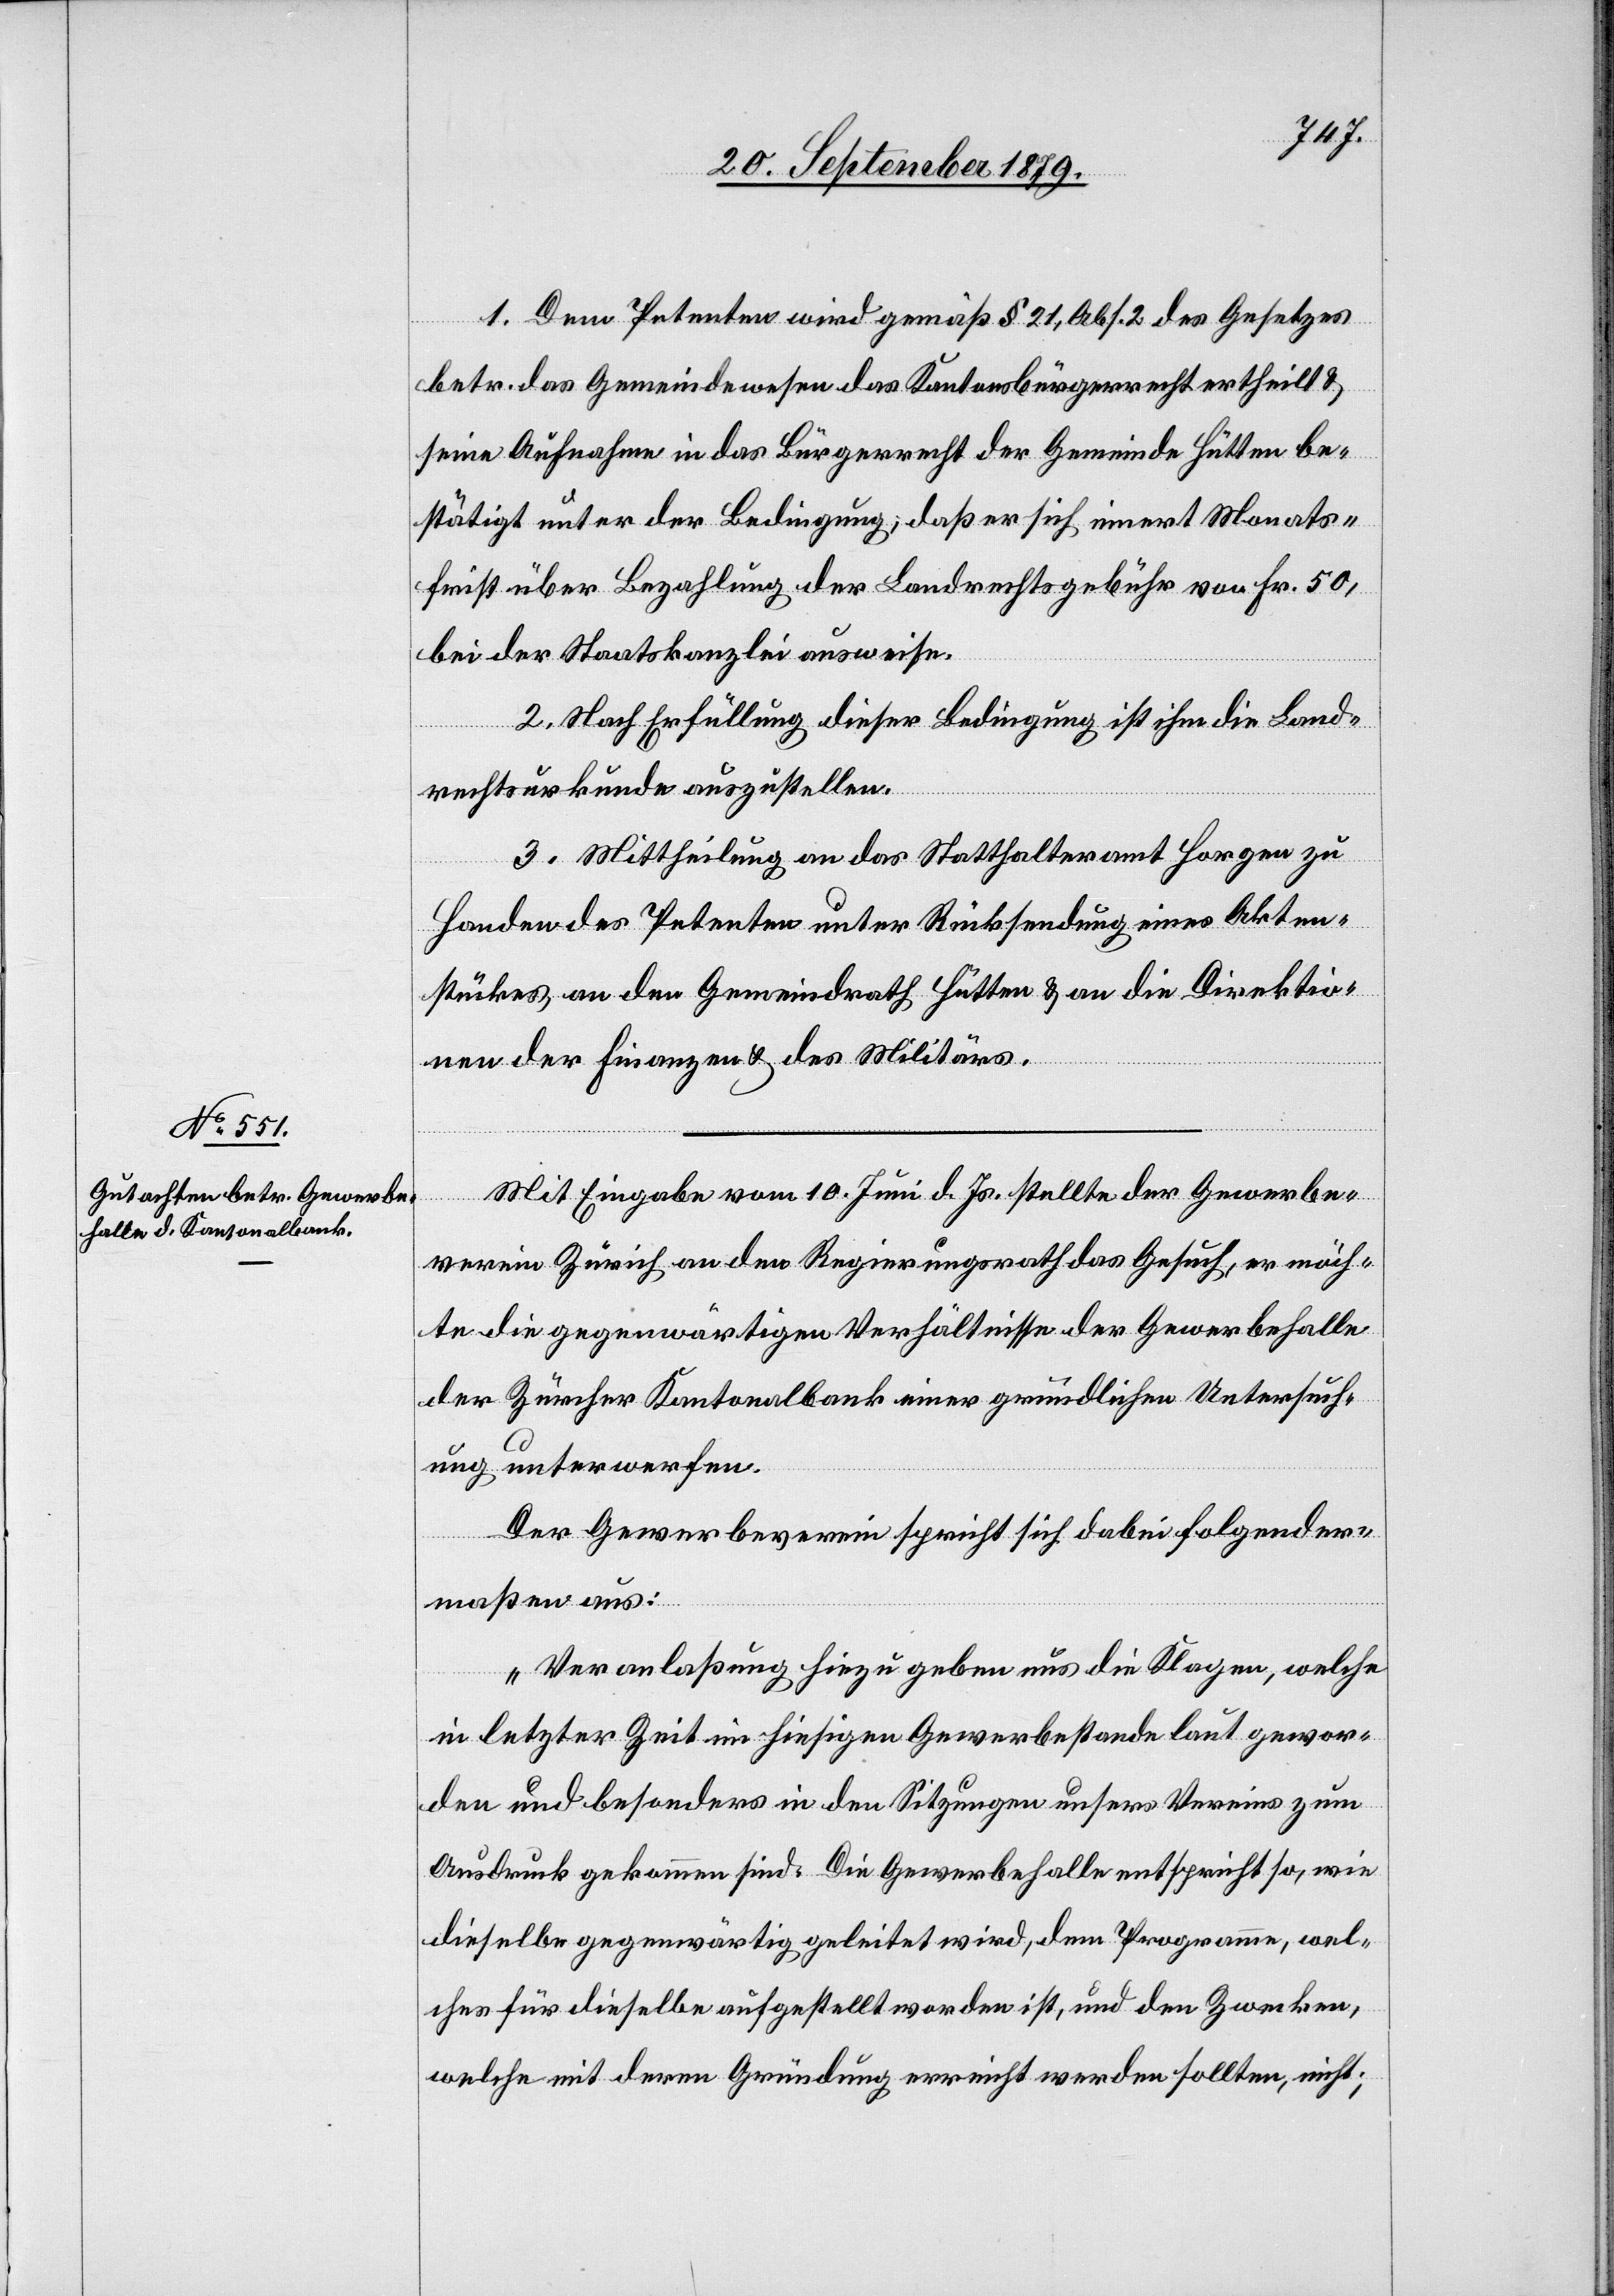
1. Dem Petent wird gemäß § 21, Abs. 2 des Gesetzes
betr. das Gemeindewesen das Kantonsbürgerrecht ertheilt &
seine Aufnahme in das Bürgerrecht der Gemeinde Hütten be¬
stätigt unter der Bedingung, daß er sich innert Monats¬
frist über Bezahlung der Landrechtsgebühr von Fr. 50,
bei der Staatskanzlei ausweise.
2. Nach Erfüllung dieser Bedingung ist ihm die Land¬
rechtsurkunde auszustellen.
3. Mittheilung an das Statthalteramt Horgen zu
Handen des Petenten unter Rücksendung eines Akten¬
stückes an den Gemeindrath Hütten & an die Direktio¬
nen der Finanzen & des Militärs.
Mit Eingabe vom 10. Juni d. Js. stellte der Gewerbe¬
verein Zürich an den Regierungsrath das Gesuch, er möch¬
te die gegenwärtigen Verhältnisse der Gewerbehalle
der Zürcher Kantonalbank einer gründlichen Untersuch¬
ung unterwerfen.
Der Gewerbeverein spricht sich dabei folgender¬
maßen aus:
„Veranlaßung hiezu geben uns die Klagen, welche
in letzter Zeit im hiesigen Gewerbebestande laut gewor¬
den und besonderes in den Sitzungen unseres Vereins zum
Ausdruck gekommen sind. Die Gewerbehalle entspricht so, wie
dieselbe gegenwärtig geleitet wird, dem Programm, wel¬
ches für dieselben aufgestellt worden ist, und den Zwecken,
welche mit deren Gründung erreicht werden sollten, nicht;